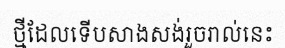
ថ្មីដែលទើបសាងសង់រួចរាល់នេះ